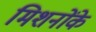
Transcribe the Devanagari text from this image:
मिशनोंके